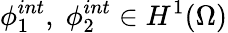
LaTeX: \phi_{1}^{int},\; \phi_{2}^{int}\in H^{1}(\Omega)